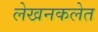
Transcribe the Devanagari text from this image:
लेखनकलेत